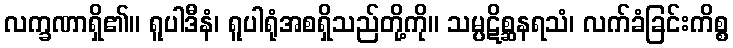
လက္ခဏာရှိ၏။ ရူပါဒီနံ၊ ရူပါရုံအစရှိသည်တို့ကို။ သမ္ပဋိစ္ဆနရသံ၊ လက်ခံခြင်းကိစ္စ